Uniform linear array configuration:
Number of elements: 64
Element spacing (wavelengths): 0.25
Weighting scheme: exponential
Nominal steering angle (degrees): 15
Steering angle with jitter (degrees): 15.935
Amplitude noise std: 0.05
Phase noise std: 0.05

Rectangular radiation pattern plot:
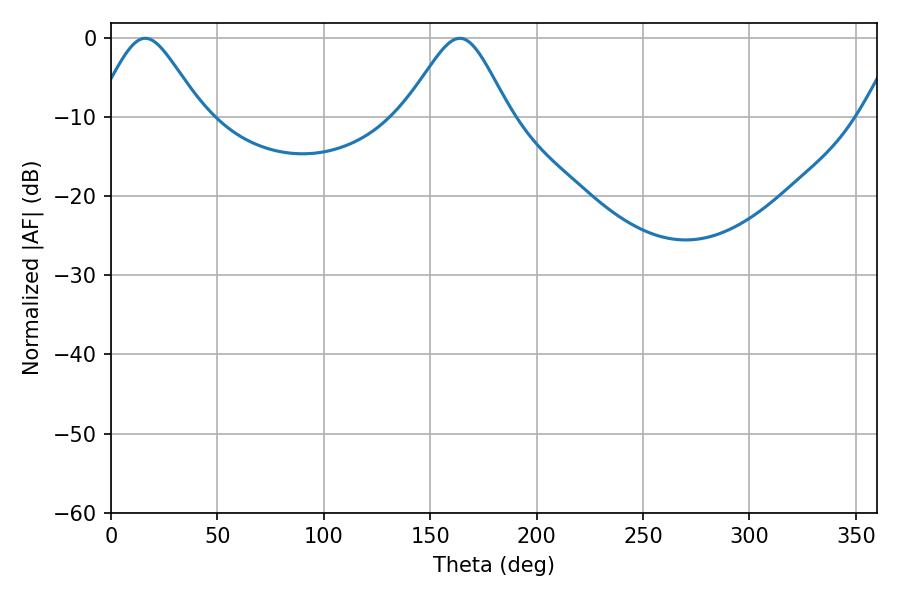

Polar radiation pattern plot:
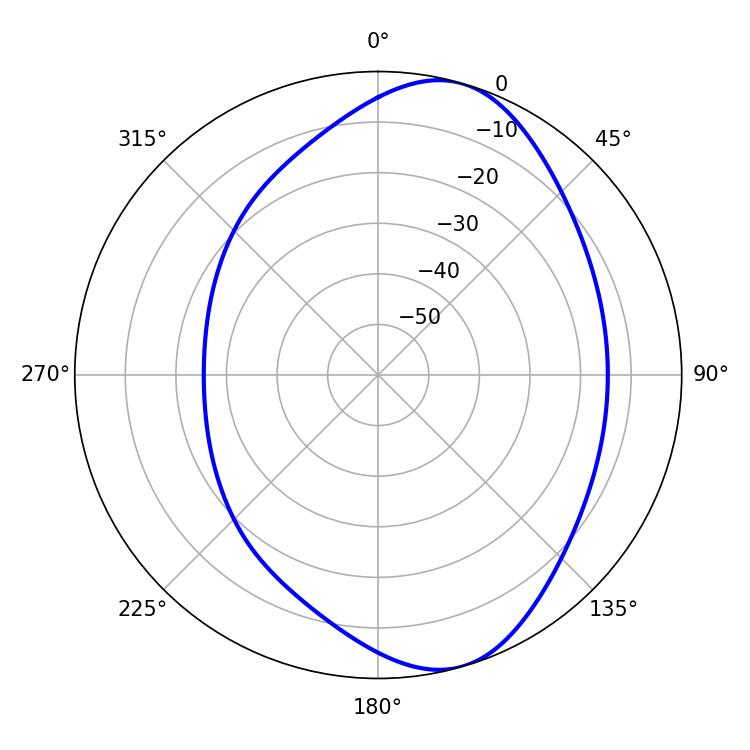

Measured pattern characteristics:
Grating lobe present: FALSE
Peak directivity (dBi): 7.802
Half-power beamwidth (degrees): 24.3
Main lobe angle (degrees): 16.02